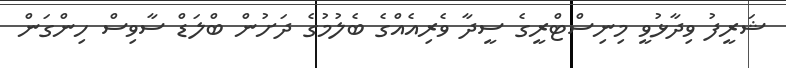
ޝަރީފު ވިދާޅުވީ މިނިސްޓްރީގެ ސީދާ ވެރިއެއްގެ ބެލުމުގެ ދަށުން ބްލަޑް ސާވިސް ހިންގަން